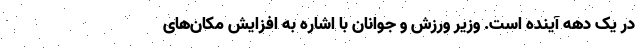
در یک دهه آینده است. وزیر ورزش و جوانان با اشاره به افزایش مکان‌های